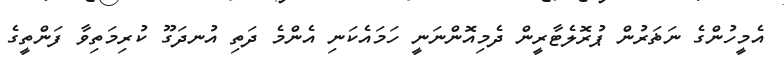
އެމީހުންގެ ނަޡަރުން ޕުރޮލެޓާރީން ދެމިއޮންނަނީ ހަމައެކަނި އެންމެ ދަތި އުނދަގޫ ކުރިމަތިވާ ފަންތީގެ